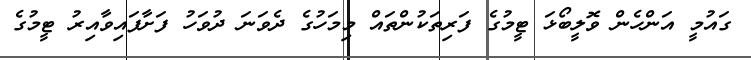
ގައުމީ އަންހެން ވޮލީބޯޅަ ޓީމުގެ ފަރިތަކުންތައް މިމަހުގެ ދެވަނަ ދުވަހު ފަށާފައިވާއިރު ޓީމުގެ